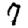
Digit: 7